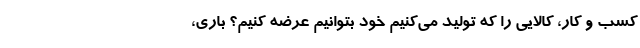
کسب و کار، کالایی را که تولید می‌کنیم خود بتوانیم عرضه کنیم؟ باری،